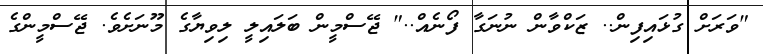
"ވަރަށް ގުޅައިފިން.. ޒަކްވާން ނުނަގާ ފޯނެއް.." ޖޭސްމީން ބަލައިލީ ލިވިޔާގެ މޫނަށެވެ. ޖޭސްމީންގެ